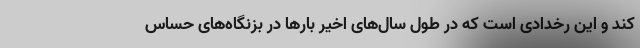
کند و این رخدادی است که در طول سال‌های اخیر بارها در بزنگاه‌های حساس